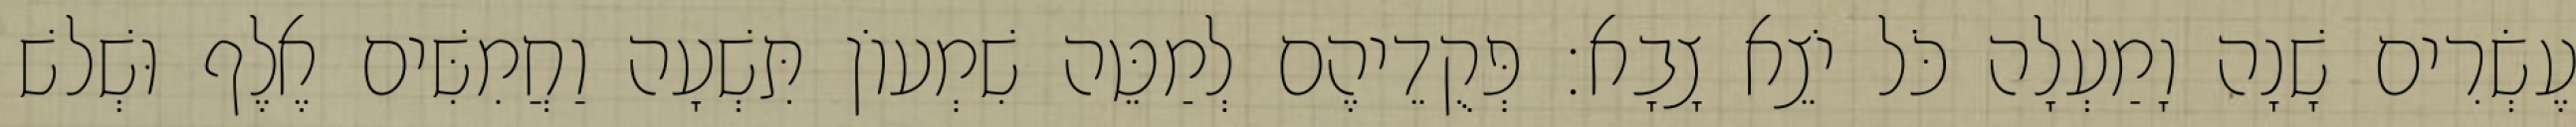
עֶשְׂרִים שָׁנָה וָמַעְלָה כֹּל יֹצֵא צָבָא׃ פְּקֻדֵיהֶם לְמַטֵּה שִׁמְעוֹן תִּשְׁעָה וַחֲמִשִּׁים אֶלֶף וּשְׁלשׁ